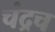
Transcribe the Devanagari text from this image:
चंद्रच